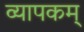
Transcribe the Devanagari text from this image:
व्यापकम्